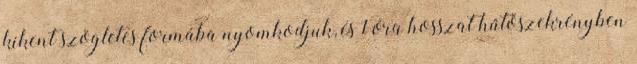
kikent szögletes formába nyomkodjuk, és 1 óra hosszat hűtőszekrényben